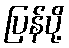
ပြန်ပို့